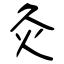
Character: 灸